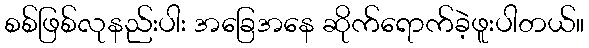
စစ်ဖြစ်လုနည်းပါး အခြေအနေ ဆိုက်ရောက်ခဲ့ဖူးပါတယ်။